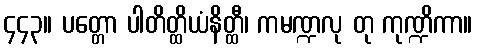
၄၄၃။ ပတ္တော ပါတိတ္ထိယံနိတ္ထီ၊ ကမဏ္ဍလု တု ကုဏ္ဍိကာ။